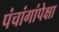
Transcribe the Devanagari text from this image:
पंचांगांपेक्षा